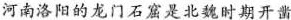
河南洛阳的龙门石窟是北魏时期开凿